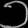
Digit: ၁